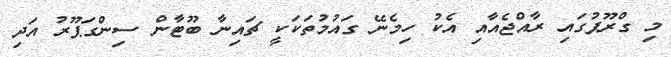
މި ގްރޫޕުގައި ރާއްޖެއާއި އެކު ހިމެނޭ ގައުމުތަކަކީ ޗައިނާ ބޫޓާން ސިންގަޕޫރު އަދި